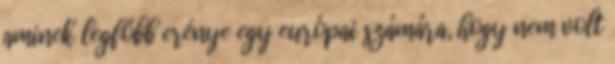
aminek legfőbb erénye egy európai számára, hogy nem volt